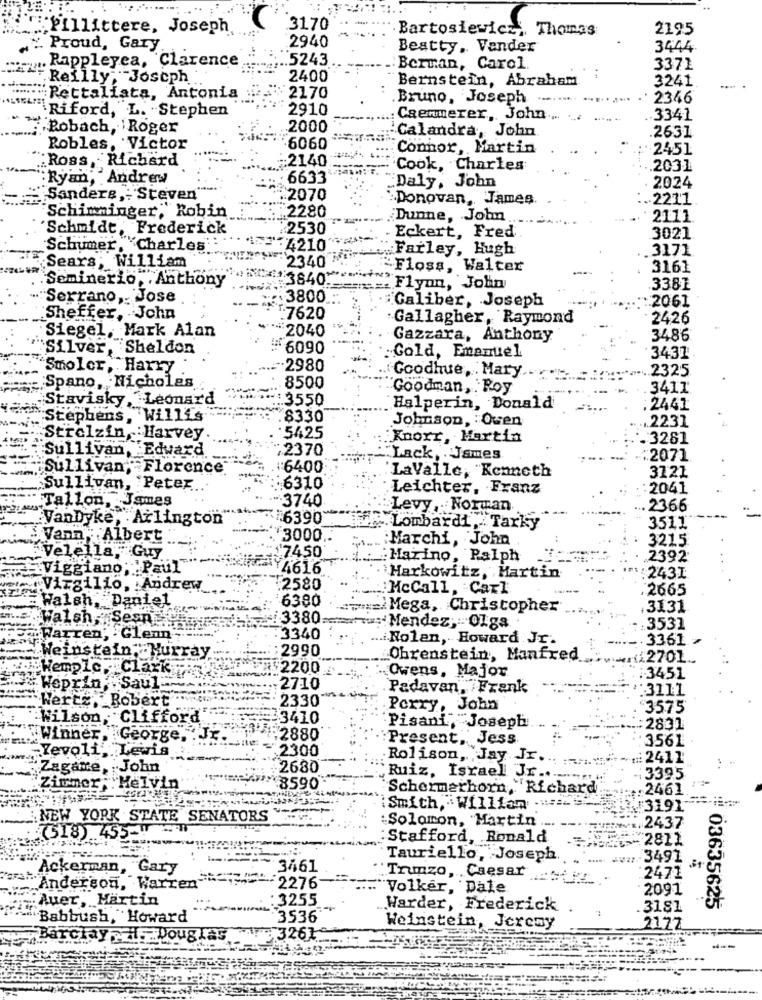
''Pillittere, Joseph
'3170
Bartosiewicz ,, Thomas
2195
Proud, Gary ..
2940
Beatty, Vender
3444
Rappleyea, Clarence
5243
Berman, Carol
3371
Reilly,Joseph
2400
Bernstein, Abraham
3241
"Rettaliata, Antonia
2170
.Bruno, Joseph
2346
2910
Riford, L. Stephen
Caenmerer, John
.. 3341
Bobach, Roger
2000
'Calandra, John
2631
Robles, Victor
6060
Connor, Martin
2451
:Ross, Richard
:2140
Cook, Charles
2031
Ryan, Andrew
6633
Daly, John
2024
Sanders ,: Steven"
2070
Donovan, James.
.2211
.2280
Schimninger, Robin
Dunne, John
2111
Schmidt, Frederick
2530
Eckert, Fred
3021
Schumer, Charles
:4210"
Farley, Hugh
3171
Sears; William
2340
`Floss, Walter
3161
Seminerio,
15.Anthony
£3840-
Flyon, John
.3381
"Serrano, Jose
.: 3800
Caliber, Joseph
2061
Sheffer, John
T:7620
Gallagher, Raymond
2426
Siegel, Mark Alan
-2040
Gazzara, Anthony
3486
Silver, Sheldon
#6090
Gold, Emanuel
3431
Smoler, Harry
-. 2980
2325
Goodhue, . Mary ...
Spano,Nicholas
8500
Goodman, . Roy
3411
. Leonard
:3550
Stavisky ...
Halperin, Donald
:2441
"Stephens, Willis
8330
Johnson, Owen
5625
2231
Strelzin, Harvey
Knorr, Martin
:3281
Sullivan, Edward
2370
"Lack, James.
2071
"Sullivan, Florence
:6400
LaValle, Kenneth
3121
Sullivan, Peter
:6310
Leichter, Franz
2041
: Tallon, James
:3740
Levy ,. Norman
2366
.VanDyke, Arlington
#6390
Lombardi, Tarky
3511
:Vann, Albert
'3000 ..
Marchi, John
3215
Velella,Guy
'7450
Marino, Ralph
2392.
"Viggiano; Paul"
AY4616
Harkowitz, Martin
2431
WVirgilio, Andrew
.2580
McCall, Carl
2665
E Walsh, Daniel
6380
Mega, Christopher
3131
Walsh, Sesn
3380-
#: Mendez, 01ga
.3531
:Warren, . Glenn""
3340
.... Nolan, Howard Jr.
.3361 >
:2990
Weinstein,
Obrenstein, Manfred
Wemple. Clark
$2200
Owens, Major
.3451
" Weprin, Saul
2710
Padavan, /Frank
:3111
Wertz, Bobert
2330
Perry, John
3575
Wilson, Clifford
3410
Pisani, Joseph
:2831
"Winner, George,
:2880
Present, Jess
3561
-Yevoli, Lewis
2300
Rolison, Jay JE ... ...
=2411
"Zagare, John
2680
Ruiz, Israel Jr.
:3395
Zimmer Helvin
¥8590
Schermerhorn,"
"Richard
: 2461
Smith, William
3191"
NEW YORK STATE SENATORS
:Solomon, Martin
.2437
(518) 455-1
Stafford, Ronald
5-2811
Tauriello, Joseph
-3491
Ackerman, Gary
3461
Trunzo, Caesar
:2471
Anderson, Warren
-- 2276
Volker, Dale
.2091
Auer, Martin
3255
Warder, Frederick
3181
03635625
"Babbush, Howard
3536
Weinstein, Jeremy
2172
Barclay MF Douglas
7 3261